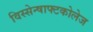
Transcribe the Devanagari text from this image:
विस्सेन्षाफ्टकोलेज